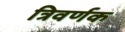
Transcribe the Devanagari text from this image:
त्रिवर्णक